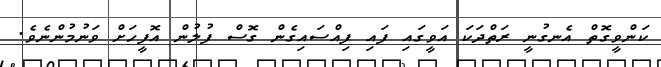
ކަންވީގޮތް އެނގުނީ ރަތްދަކަ އަވީގައި ފައި ފިއްސައިގެން ގޮސް ފުލުން އޮފީހަށް ވަނުމުންނެވެ.